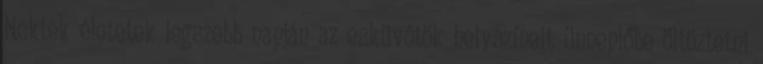
Nektek életetek legszebb napján az esküvőtök helyszíneit ünneplőbe öltöztetni